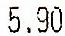
5.90